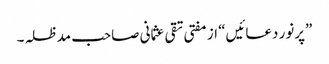
”پرنور دعائیں“ از مفتی تقی عثمانی صاحب مدظلہ۔